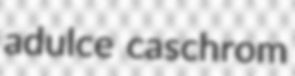
adulce caschrom